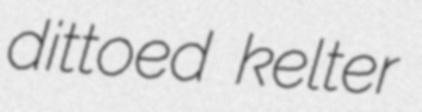
dittoed kelter